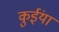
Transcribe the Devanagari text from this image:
कुईंया